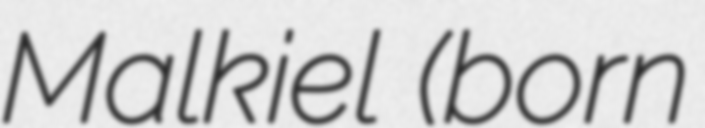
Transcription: Malkiel (born